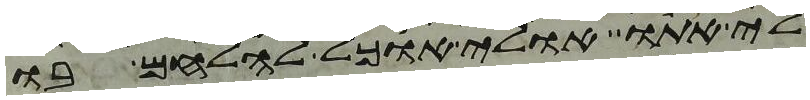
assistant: לי אתו אולי אוכל להלחם בו